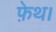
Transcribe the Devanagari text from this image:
फ़ेथ।